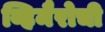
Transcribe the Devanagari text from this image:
व्हिमैरोची